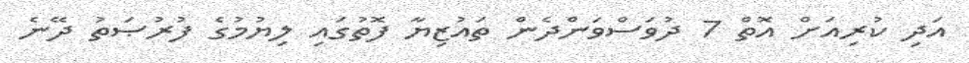
އަދި ކުރިއަށް އޮތް 7 ދުވަސްވަންދެން ތައުޒިޔާ ފޮތުގައި ލިޔުމުގެ ފުރުޞަތު ދޭނެ